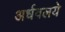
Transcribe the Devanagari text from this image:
अर्धवलये